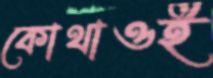
কোথাওই